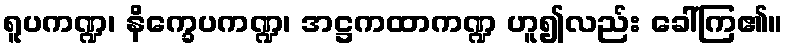
ရူပကဏ္ဍ၊ နိက္ခေပကဏ္ဍ၊ အဋ္ဌကထာကဏ္ဍ ဟူ၍လည်း ခေါ်ကြ၏။